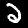
Label: 2